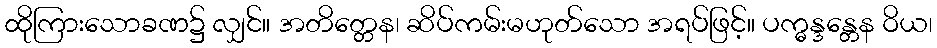
ထိုကြားသောခဏ၌ လျှင်။ အတိတ္တေန၊ ဆိပ်ကမ်းမဟုတ်သော အရပ်ဖြင့်။ ပက္ဓန္ဒန္တေန ဝိယ၊